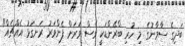
ބަދިގެ ސާމާނުގެ މި ހުރި ބްރޭންޑަކީ ވެސް ވަރަށް ފެންވަރު ރަނގަޅު އެއްޗެއް"